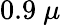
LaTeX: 0.9~\mu